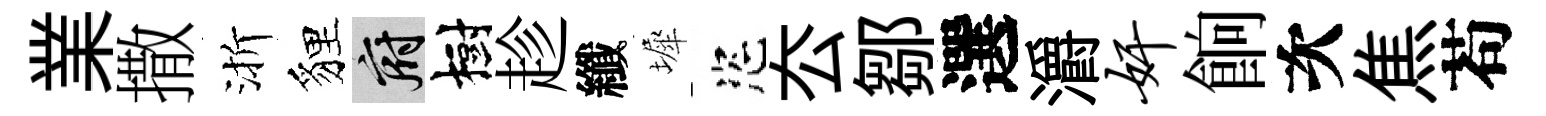
業撒渐貍府樹趁纖墀恣厺鄒選灂奸餉次焦苟